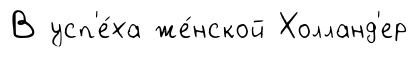
В усп'е́ха же́нской Холланд'ер